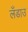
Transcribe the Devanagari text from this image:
लँडाउ